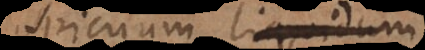
perspicuum liquidum